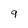
Character: 9